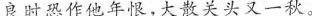
良时恐作他年恨，大散关头又一秋。